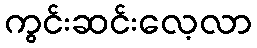
ကွင်းဆင်းလေ့လာ